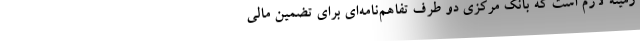
زمینه لازم است که بانک مرکزی دو طرف تفاهم‌نامه‌ای برای تضمین مالی